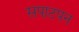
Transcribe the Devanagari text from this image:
सपाटपन